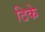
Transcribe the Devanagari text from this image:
ठिके